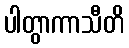
ပါတွာကာသီတိ